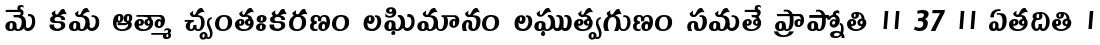
మే కమ ఆత్మా చ్వంతఃకరణం లఘిమానం లఘుత్వగుణం సమతే ప్రాప్నోతి ॥ 37 ॥ ఏతదితి ।